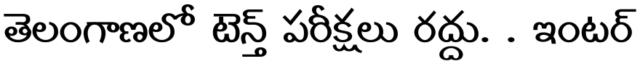
తెలంగాణలో టెన్త్ పరీక్షలు రద్దు. . ఇంటర్